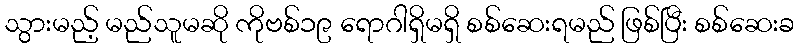
သွားမည့် မည်သူမဆို ကိုဗစ်၁၉ ရောဂါရှိမရှိ စစ်ဆေးရမည် ဖြစ်ပြီး စစ်ဆေးခ